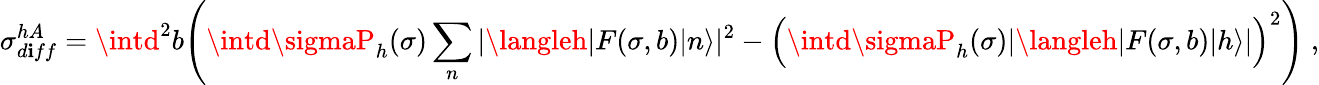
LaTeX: \sigma_{d\mathbf{i}ff}^{hA}=\intd^{2}b\Bigg(\intd\sigmaP_{h}(\sigma)\sum_{n}|\langleh|F(\sigma,b)|n\rangle|^{2}-\Big(\intd\sigmaP_{h}(\sigma)|\langleh|F(\sigma,b)|h\rangle|\Big)^{2}\Bigg)\ ,